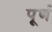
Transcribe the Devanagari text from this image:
पू्र्ण